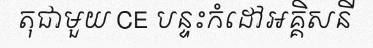
តុជាមួយ CE បន្ទះកំដៅអគ្គិសនី